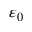
\varepsilon _ { 0 }